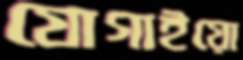
যোগাইয়ো